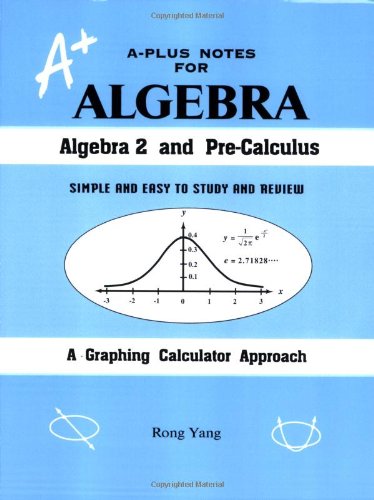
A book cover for A-Plus Notes for Algebra; Rong Yang; Science & Math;